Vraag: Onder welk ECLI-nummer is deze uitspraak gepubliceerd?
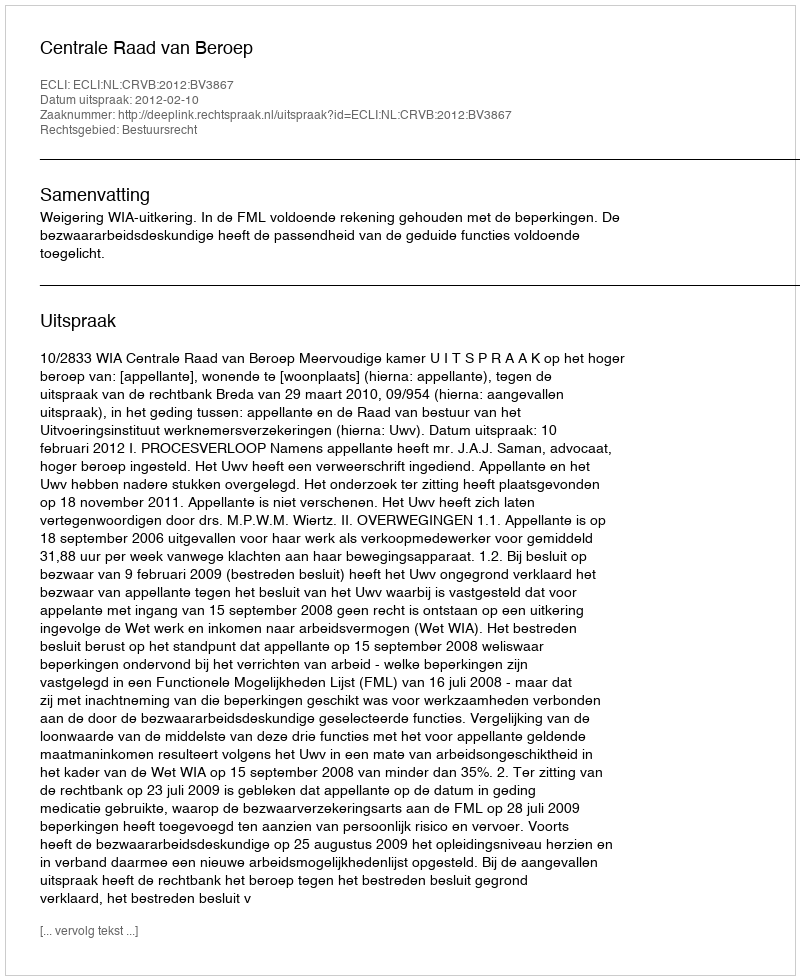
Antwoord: ECLI:NL:CRVB:2012:BV3867